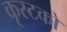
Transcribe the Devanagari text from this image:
कृस्टकों